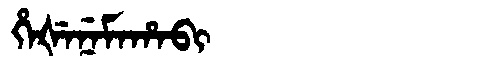
Manchu: ᡥᡝᡧᡝᠨᡝᠮᠠᡥᠠᠪᡳ
Romanization: HEŠENEMAHABI